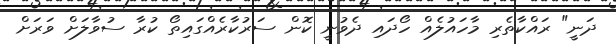
ދަނީ" ރައްކާތެރި މާހައުލެއް ހޯދައި ދެވުނީ ކޮން ސަރުކާރެއްގައިތޯ ކުރާ ސުވާލަށް ވަރަށް